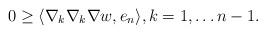
LaTeX: \begin{align*}0 \geq \langle \nabla_k\nabla_k \nabla w, e_n\rangle, k=1,\ldots n-1.\end{align*}